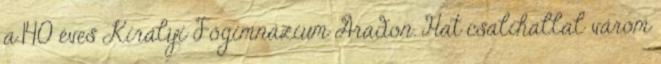
a 140 éves Királyi Főgimnázium Aradon. Hat csalihallal várom